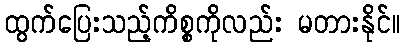
ထွက်ပြေးသည့်ကိစ္စကိုလည်း မတားနိုင်။